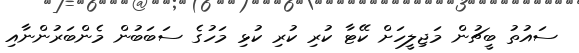
ސައުތު ބީޗުން މަޖިލީހަށް ކޭޓާ ކުރި ކުރި ކުޅި މަހުގެ ސަބަބުން މެންބަރުންނާއި